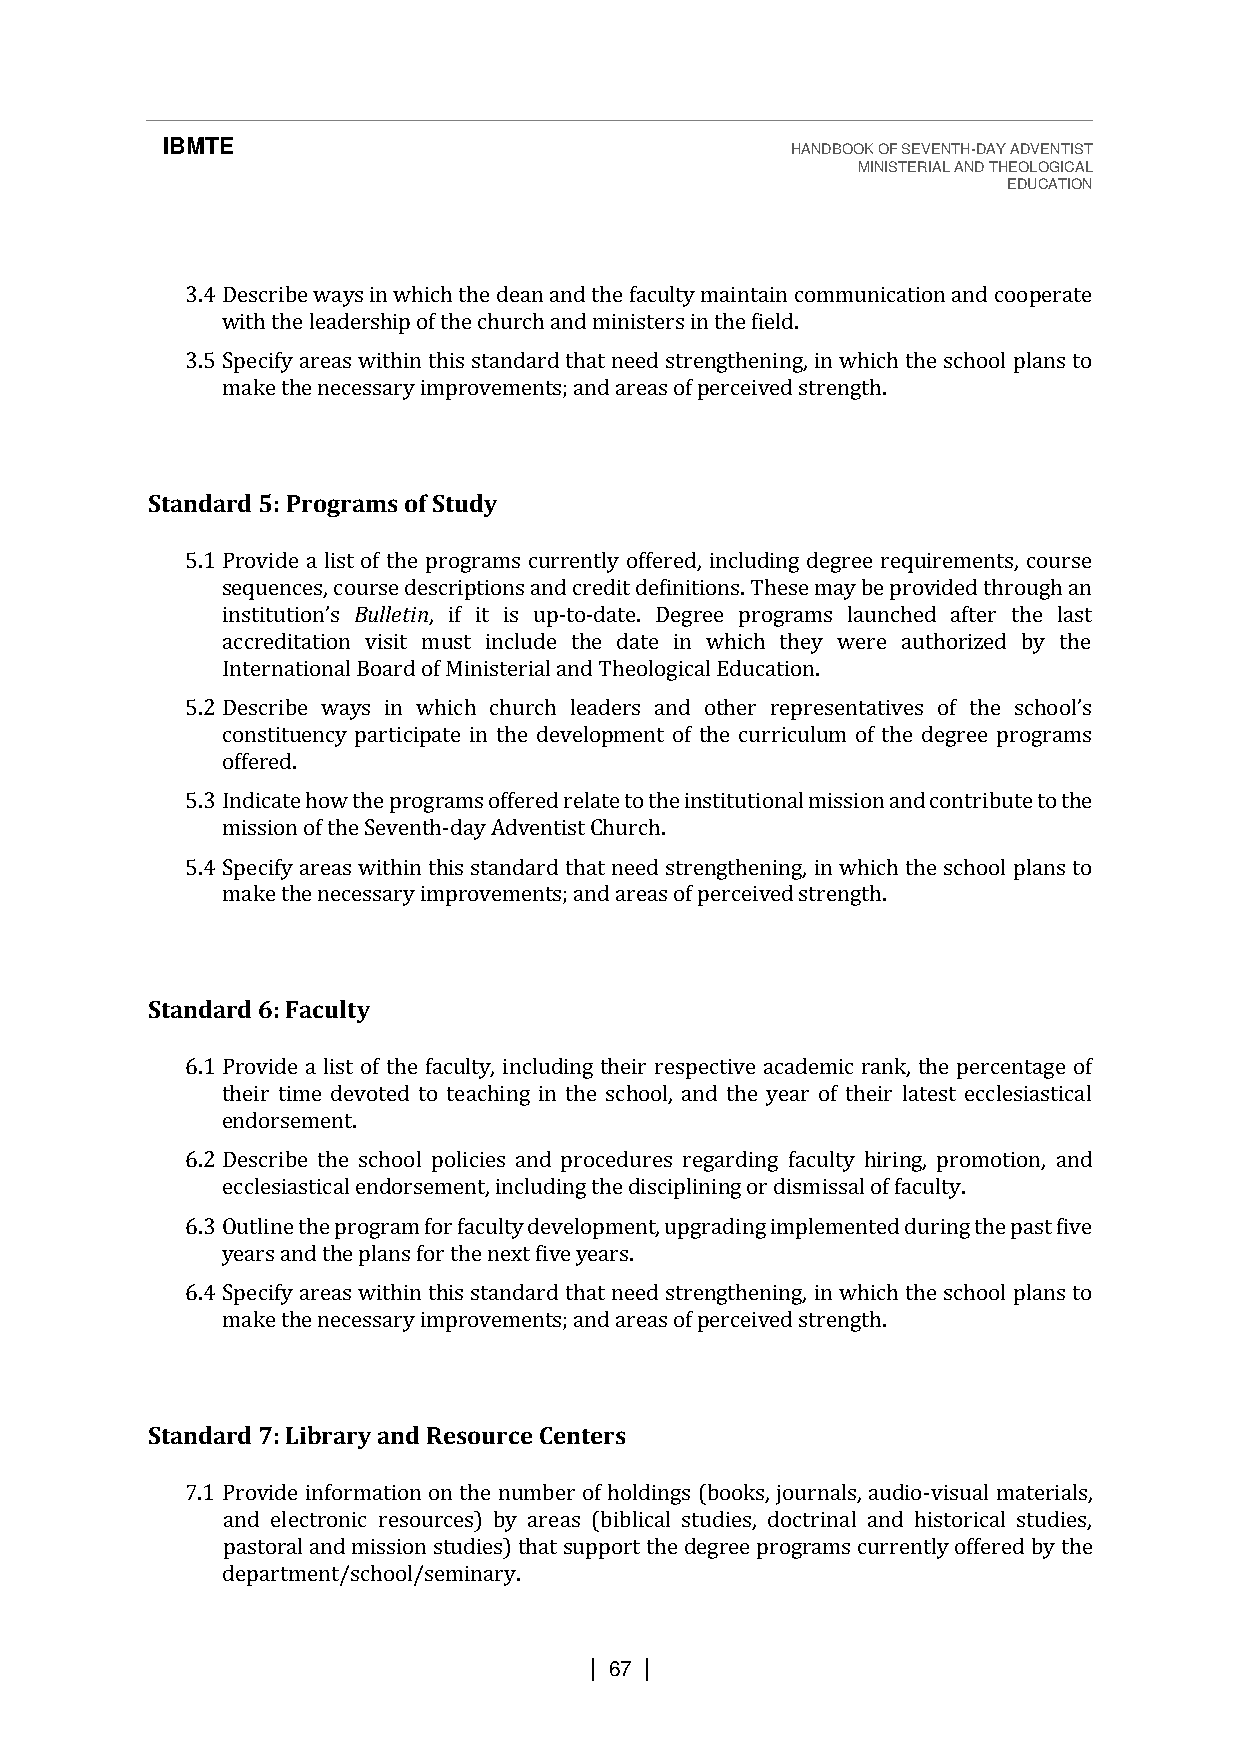
IBMTE                                    HANDBOOK OF SEVENTH-DAY ADVENTIST
 MINISTERIAL AND THEOLOGICAL
 EDUCATION
 3.4 Describe ways in which the dean and the faculty maintain communication and cooperate
 with the leadership of the church and ministers in the field.
 3.5 Specify areas within this standard that need strengthening, in which the school plans to
 make the necessary improvements; and areas of perceived strength.
 Standard 5: Programs of Study
 5.1 Provide a list of the programs currently offered, including degree requirements, course
 sequences, course descriptions and credit definitions. These may be provided through an
 Bulletin, if it is up-to-date. Degree programs launched after the last
 accreditation visit must include the date in which they were authorized by the
 iInnstetirtnuatitoionn’sa l Board of Ministerial and Theological Education.
 5.2
 constituency participate in the development of the curriculum of the degree programs
 Dofefescrreidb.e ways in which church leaders and other representatives of the school’s
 5.3 Indicate how the programs offered relate to the institutional mission and contribute to the
 mission of the Seventh-day Adventist Church.
 5.4 Specify areas within this standard that need strengthening, in which the school plans to
 make the necessary improvements; and areas of perceived strength.
 Standard 6: Faculty
 6.1 Provide a list of the faculty, including their respective academic rank, the percentage of
 their time devoted to teaching in the school, and the year of their latest ecclesiastical
 endorsement.
 6.2 Describe the school policies and procedures regarding faculty hiring, promotion, and
 ecclesiastical endorsement, including the disciplining or dismissal of faculty.
 6.3 Outline the program for faculty development, upgrading implemented during the past five
 years and the plans for the next five years.
 6.4 Specify areas within this standard that need strengthening, in which the school plans to
 make the necessary improvements; and areas of perceived strength.
 Standard 7: Library and Resource Centers
 7.1 Provide information on the number of holdings (books, journals, audio-visual materials,
 and electronic resources) by areas (biblical studies, doctrinal and historical studies,
 pastoral and mission studies) that support the degree programs currently offered by the
 department/school/seminary.
 | 67 |